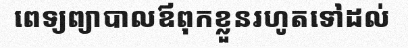
ពេទ្យព្យាបាលឪពុកខ្លួនរហូតទៅដល់